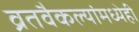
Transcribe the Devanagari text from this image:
व्रतवैकल्यांमध्येही